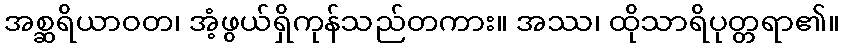
အစ္ဆရိယာဝတ၊ အံ့ဖွယ်ရှိကုန်သည်တကား။ အဿ၊ ထိုသာရိပုတ္တရာ၏။